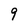
Character: 9